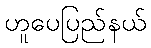
ဟူပေပြည်နယ်